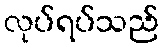
လုပ်ရပ်သည်